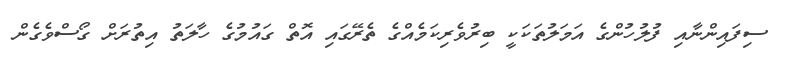
ސިފައިންނާއި ފުލުހުންގެ އަމަލުތަކަކީ ބިރުވެރިކަމެއްގެ ތެރޭގައި އޮތް ގައުމުގެ ހާލަތު އިތުރަށް ގޯސްވެގެން